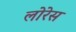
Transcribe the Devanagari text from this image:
लोरेस